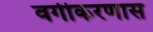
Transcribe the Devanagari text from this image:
वर्गीकरणास